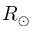
R _ { \odot }